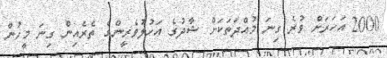
2000 އަހަރަށް ވުރެ ގިނަ މުއްދަތަކަށް ޝާދުގެ އަހުލުވެރީންގެ ތެރެއިން ގިނަ މީހުން